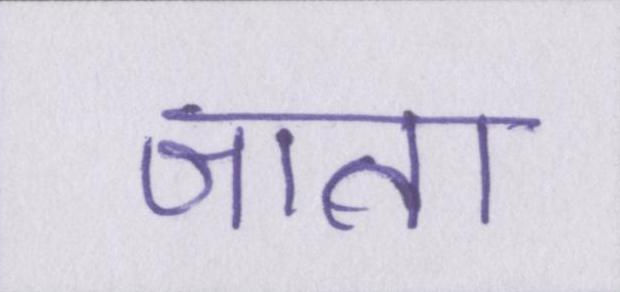
जाता